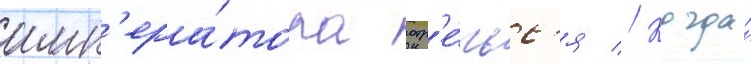
имп'ера́тора отр'е́чьс'я // Когда́